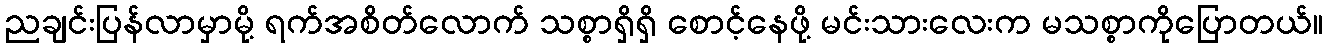
ညချင်းပြန်လာမှာမို့ ရက်အစိတ်လောက် သစ္စာရှိရှိ စောင့်နေဖို့ မင်းသားလေးက မသစ္စာကိုပြောတယ်။